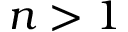
n > 1